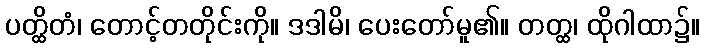
ပတ္ထိတံ၊ တောင့်တတိုင်းကို။ ဒဒါမိ၊ ပေးတော်မူ၏။ တတ္ထ၊ ထိုဂါထာ၌။